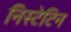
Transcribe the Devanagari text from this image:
निस्टेटिन